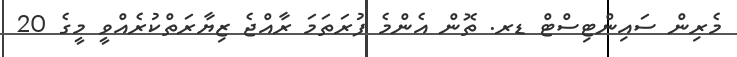
މެރިން ސައިންޓިސްޓް ޑރ. ތޮން އެންމެ ފުރަތަމަ ރާއްޖެ ޒިޔާރަތްކުރެއްވީ މީގެ 20